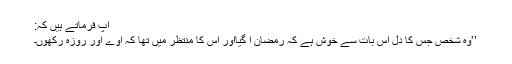
آپ فرماتے ہیں کہ:
’’وہ شخص جس کا دل اس بات سے خوش ہے کہ رمضان آ گیااور اس کا منتظر میں تھا کہ آوے اور روزہ رکھوں۔